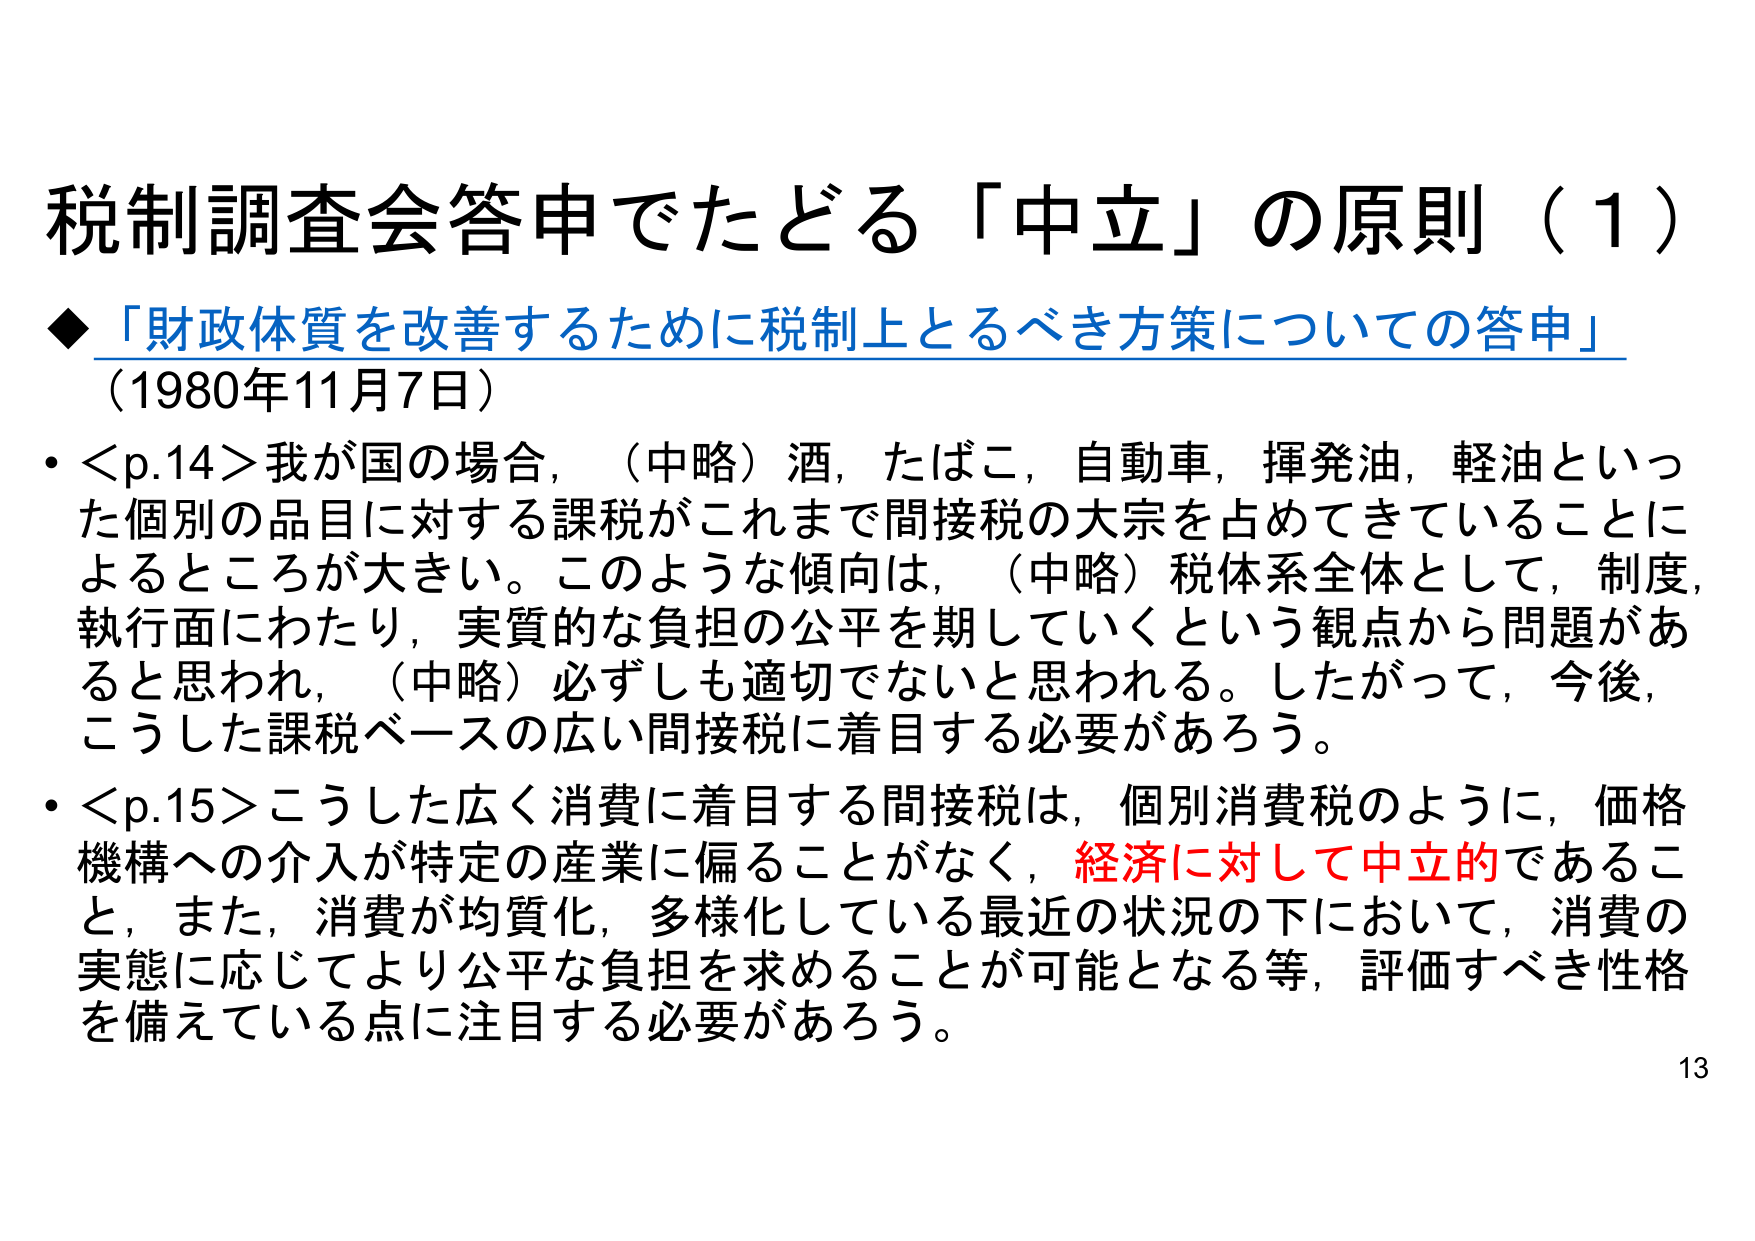
税制調査会答申でたどる「中立」の原則（1）

◆「財政体質を改善するために税制上とるべき方策についての答申」
（1980年11月7日）

• <p.14>我が国の場合，（中略）酒，たばこ，自動車，揮発油，軽油といった個別の品目に対する課税がこれまで間接税の大宗を占めてきていることに よるところが大きい。このような傾向は，（中略）税体系全体として，制度，執行面にわたり，実質的な負担の公平を期していくという観点から問題があると思われ，（中略）必ずしも適切でないと思われる。したがって，今後，こうした課税ベースの広い間接税に着目する必要があろう。

• <p.15>こうした広く消費に着目する間接税は，個別消費税のように，価格機構への介入が特定の産業に偏ることがなく，経済に対して中立的であること，また，消費が均質化，多様化している最近の状況の下において，消費の実態に応じてより公平な負担を求めることができる等，評価すべき性格を備えている点に注目する必要があろう。

13